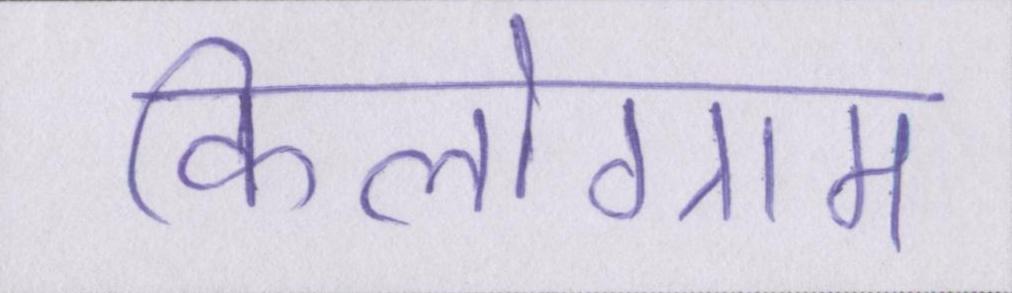
किलोग्राम